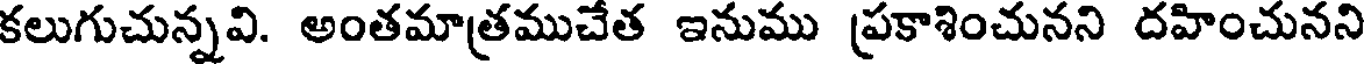
కలుగుచున్నవి. అంతమాత్రముచేత ఇనుము ప్రకాశించునని దహించునని